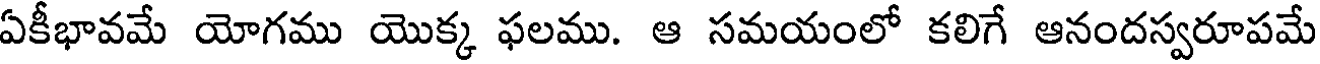
ఏకీభావమే యోగము యొక్క ఫలము. ఆ సమయంలో కలిగే ఆనందస్వరూపమే